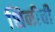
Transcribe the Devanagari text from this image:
शिनीची